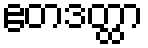
ဧတဒတ္ထာ